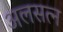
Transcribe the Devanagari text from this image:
अलसत्न